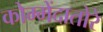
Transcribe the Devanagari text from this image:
कोम्मेंदातोरे